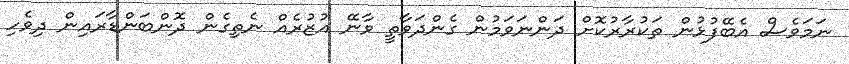
ނަމަވެސް އެބޭފުޅުން ތަކުރާރުކޮށް ދަންނަވަމުން ގެންދަވާތީ ވާނޭ އުޒުރެއް ނެތިގެން ދޮންބަންޑާރައިން ދިވެހި